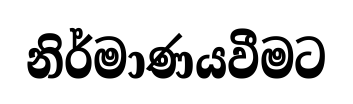
නිර්මාණයවීමට